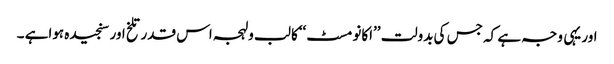
اور یہی وجہ ہے کہ جس کی بدولت ’’اکانومسٹ‘‘کا لب ولہجہ اس قدر تلخ اور سنجیدہ ہواہے ۔